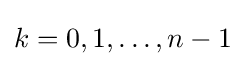
k=0,1,\dots ,n-1